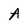
Character: A